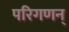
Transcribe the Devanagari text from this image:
परिगणन्